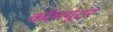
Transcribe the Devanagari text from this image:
कॉमयूटर